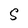
Character: S